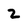
Character: 2